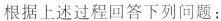
根据上述过程回答下列问题：